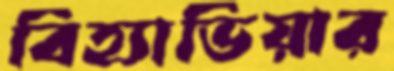
বিহ্যাভিয়ার